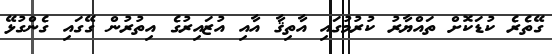
ގޭތެރެ ކުޑަކޮށް ތައްޔާރު ކުރުމުގައި އާތިޤާ އާއި އުޒައިރުގެ އިތުރުން ގޭގައި ގެންގުޅޭ